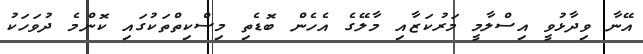
އޭނާ ވިދާޅުވީ އިސްލާމީ މަރުކަޒާއި މާލޭގެ އެހެން ބޮޑެތި މިސްކިތްތަކުގައި ކޮންމެ ދުވަހަކު